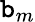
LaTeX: \mathtt{b}_{m}